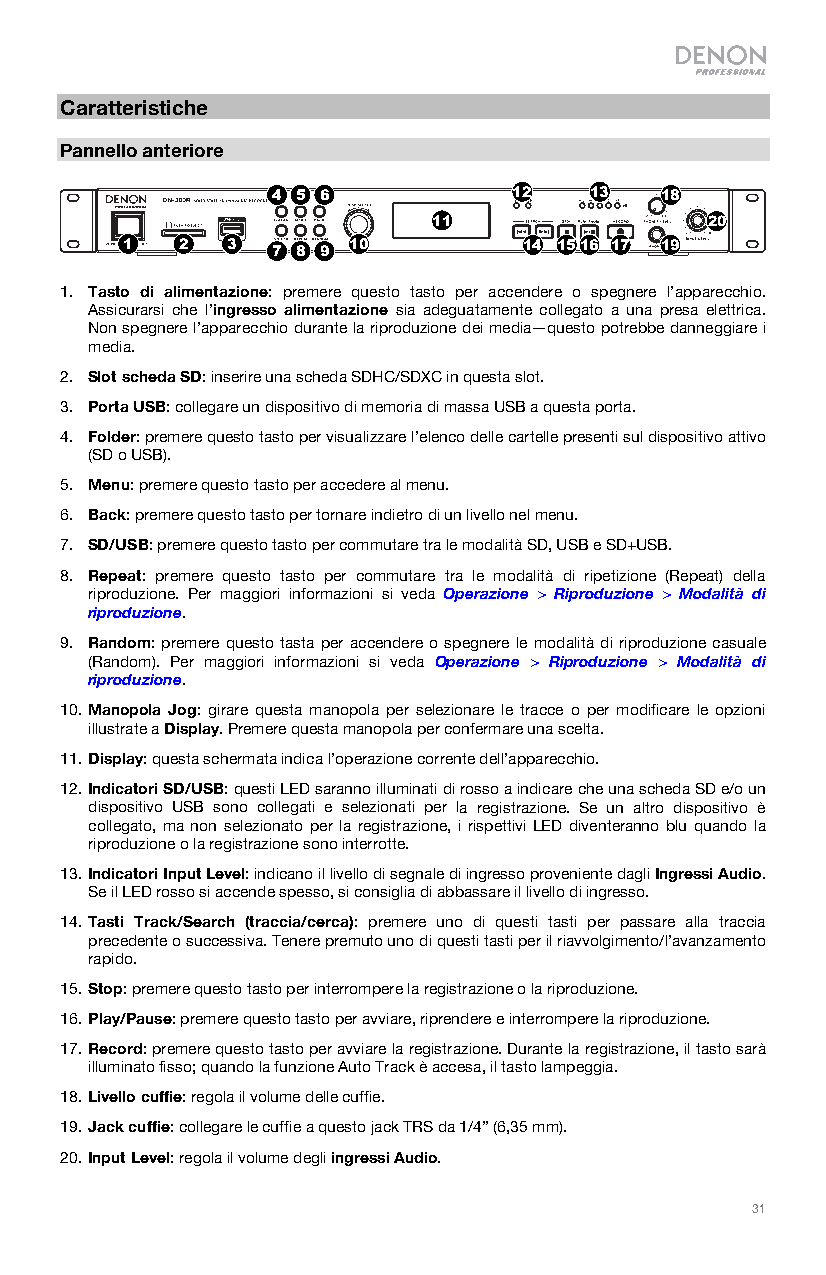
Caratteristiche
 Pannello anteriore
 4 5 6           12   13   18
 11                 20
 1   2  3  7 8 9 10        14 1516 17 19
 1. Tasto di alimentazione: premere questo tasto per accendere o spegnere l’apparecchio.
 Assicurarsi che l’ingresso alimentazione sia adeguatamente collegato a una presa elettrica.
 Non spegnere l’apparecchio durante la riproduzione dei media—questo potrebbe danneggiare i
 media.
 2. Slot scheda SD: inserire una scheda SDHC/SDXC in questa slot.
 3. Porta USB: collegare un dispositivo di memoria di massa USB a questa porta.
 4. Folder: premere questo tasto per visualizzare l’elenco delle cartelle presenti sul dispositivo attivo
 (SD o USB).
 5. Menu: premere questo tasto per accedere al menu.
 6. Back: premere questo tasto per tornare indietro di un livello nel menu.
 7. SD/USB: premere questo tasto per commutare tra le modalità SD, USB e SD+USB.
 8. Repeat: premere questo tasto per commutare tra le modalità di ripetizione (Repeat) della
 riproduzione. Per maggiori informazioni si veda Operazione > Riproduzione > Modalità di
 riproduzione.
 9. Random: premere questo tasta per accendere o spegnere le modalità di riproduzione casuale
 (Random). Per maggiori informazioni si veda Operazione > Riproduzione > Modalità di
 riproduzione.
 10. Manopola Jog: girare questa manopola per selezionare le tracce o per modificare le opzioni
 illustrate a Display. Premere questa manopola per confermare una scelta.
 11. Display: questa schermata indica l’operazione corrente dell’apparecchio.
 12. Indicatori SD/USB: questi LED saranno illuminati di rosso a indicare che una scheda SD e/o un
 dispositivo USB sono collegati e selezionati per la registrazione. Se un altro dispositivo è
 collegato, ma non selezionato per la registrazione, i rispettivi LED diventeranno blu quando la
 riproduzione o la registrazione sono interrotte.
 13. Indicatori Input Level: indicano il livello di segnale di ingresso proveniente dagli Ingressi Audio.
 Se il LED rosso si accende spesso, si consiglia di abbassare il livello di ingresso.
 14. Tasti Track/Search (traccia/cerca): premere uno di questi tasti per passare alla traccia
 precedente o successiva. Tenere premuto uno di questi tasti per il riavvolgimento/l’avanzamento
 rapido.
 15. Stop: premere questo tasto per interrompere la registrazione o la riproduzione.
 16. Play/Pause: premere questo tasto per avviare, riprendere e interrompere la riproduzione.
 17. Record: premere questo tasto per avviare la registrazione. Durante la registrazione, il tasto sarà
 illuminato fisso; quando la funzione Auto Track è accesa, il tasto lampeggia.
 18. Livello cuffie: regola il volume delle cuffie.
 19. Jack cuffie: collegare le cuffie a questo jack TRS da 1/4” (6,35 mm).
 20. Input Level: regola il volume degli ingressi Audio.
 31